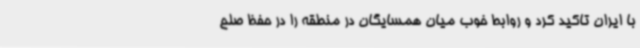
با ایران تاکید کرد و روابط خوب میان همسایگان در منطقه را در حفظ صلح